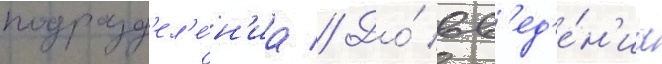
подразд'ел'е́н'иа // До́ вв'ед'е́н'иа